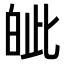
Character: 皉